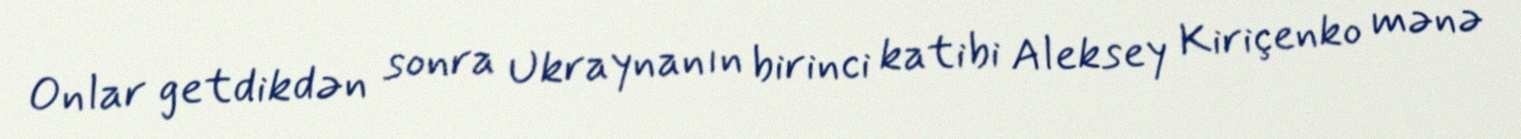
Onlar getdikdən sonra Ukraynanın birinci katibi Aleksey Kiriçenko mənə